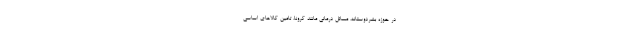
در حوزه بشردوستانه، مسائل درمانی مانند کرونا، تامین کالاهای اساسی